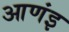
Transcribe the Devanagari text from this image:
आणंइ